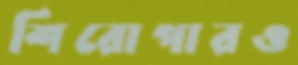
শিরোপারও